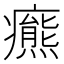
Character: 𤻩